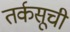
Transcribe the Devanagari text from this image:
तर्कसूची